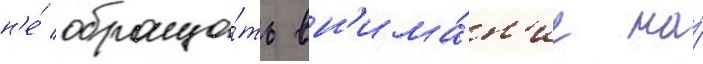
н'е́ обраща́ть вн'има́н'ие на́